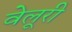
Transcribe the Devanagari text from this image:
वेलूरी